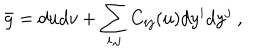
\bar { g } = d u d v + \sum _ { i , j } C _ { i j } ( u ) d y ^ { i } d y ^ { j } ~ ,